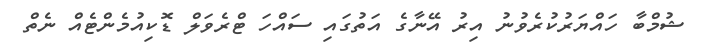
ޝުމްބާ ހައްޔަރުކުރެވުނު އިރު އޭނާގެ އަތުގައި ސައްހަ ޓްރެވަލް ޑޮކިއުމެންޓެއް ނެތް